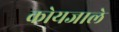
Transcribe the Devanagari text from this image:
कोयजाले